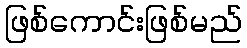
ဖြစ်ကောင်းဖြစ်မည်